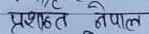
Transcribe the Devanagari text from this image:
प्रशाछत नेपाल